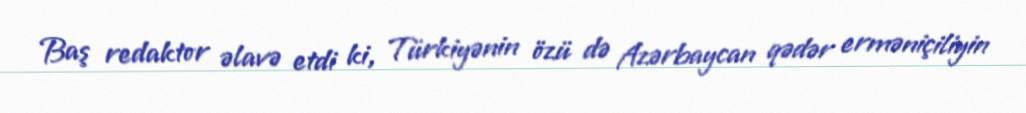
Baş redaktor əlavə etdi ki, Türkiyənin özü də Azərbaycan qədər erməniçiliyin